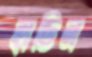
হাডিন